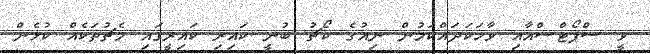
ވީ ސްޕޯޓްސްއާއި ވާހަކަދައްކަމުން ނިއުގެ ކޯޗު ބުނީ ކައިރި ކައިރީގައި މެޗުތަކެއް ކުޅެން